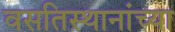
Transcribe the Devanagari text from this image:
वसतिस्थानांच्या